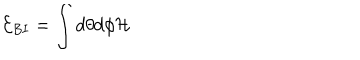
LaTeX: { \cal E } _ { B I } = \int d \theta d \phi { \cal H }